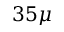
3 5 \mu